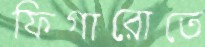
ফিগারোতে